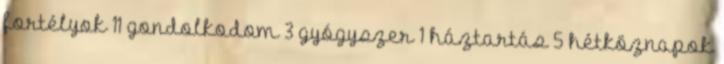
fortélyok 11 gondolkodom 3 gyógyszer 1 háztartás 5 hétköznapok